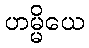
ဟမ္မိယေ